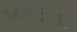
ખરાઇનો